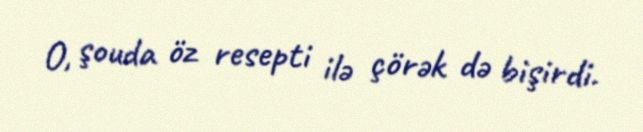
O, şouda öz resepti ilə çörək də bişirdi.